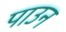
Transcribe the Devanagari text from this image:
पाउन